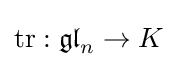
\operatorname {tr} :{\mathfrak {gl}}_{n}\to K